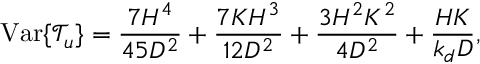
\operatorname { V a r } \{ \mathcal { T } _ { u } \} = \frac { 7 H ^ { 4 } } { 4 5 D ^ { 2 } } + \frac { 7 K H ^ { 3 } } { 1 2 D ^ { 2 } } + \frac { 3 H ^ { 2 } K ^ { 2 } } { 4 D ^ { 2 } } + \frac { H K } { k _ { d } D } ,